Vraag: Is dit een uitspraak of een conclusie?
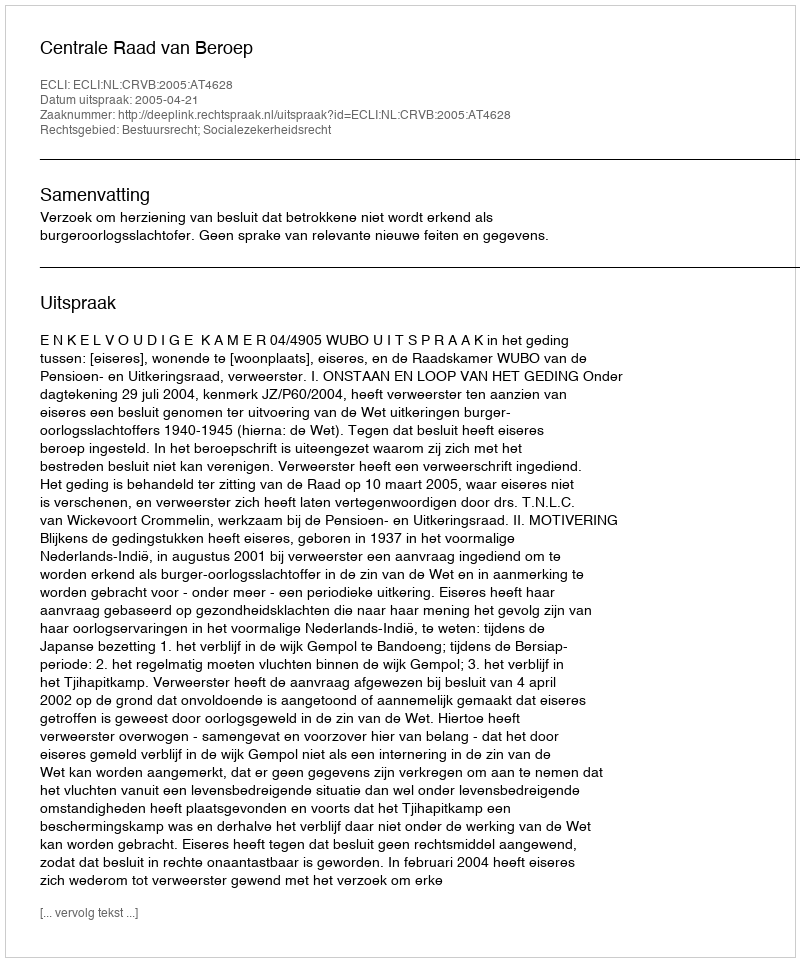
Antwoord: Uitspraak